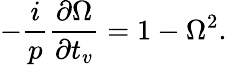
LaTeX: -\frac{i}{p}\frac{\partial\Omega}{\partial t_{v}}=1-\Omega^{2}.